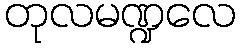
တုလမဏ္ဍလေ